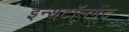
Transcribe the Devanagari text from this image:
इन्सटॉलमेंट